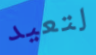
لتعيد